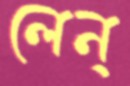
লেন্